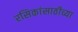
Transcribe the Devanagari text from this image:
रसिकांसाठीच्या